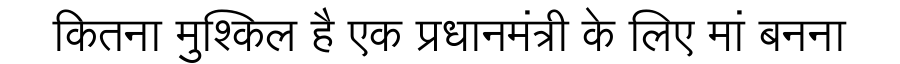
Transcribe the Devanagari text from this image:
कितना मुश्किल है एक प्रधानमंत्री के लिए मां बनना